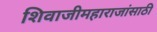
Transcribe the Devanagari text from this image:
शिवाजीमहाराजांसाठी